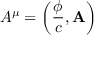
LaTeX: A ^ { \mu } = \left( { \frac { \phi } { c } } , \mathbf { A } \right)